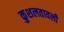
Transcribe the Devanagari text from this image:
कुशलतावली